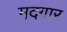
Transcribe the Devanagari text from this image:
मदगार